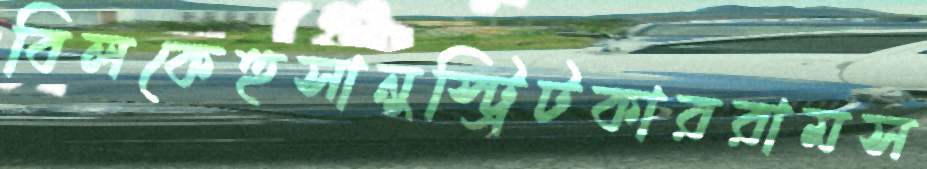
বিলকেহুসানুস্ট্রিটকাররামস